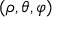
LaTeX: ( \rho , \theta , \varphi )